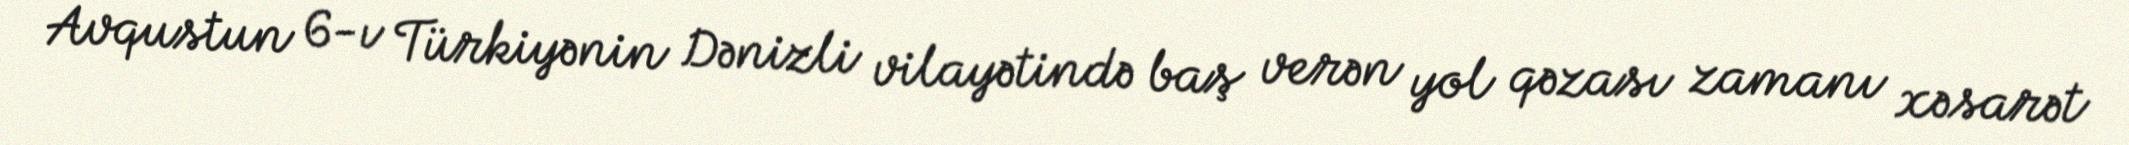
Avqustun 6-ı Türkiyənin Dənizli vilayətində baş verən yol qəzası zamanı xəsarət